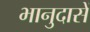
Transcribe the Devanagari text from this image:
भानुदासें